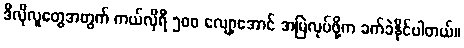
ဒီလိုလူတွေအတွက် ကယ်လိုရီ ၅၀၀ လျော့အောင် အမြဲလုပ်ဖို့က ခက်ခဲနိုင်ပါတယ်။